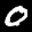
Label: 0